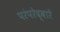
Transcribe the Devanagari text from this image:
परंपरेद्वारे